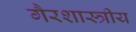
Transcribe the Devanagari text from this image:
गैरशास्त्रीय